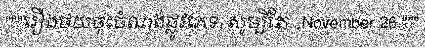
"""រឿងថយចុះចំណង់ផ្លូវភេទ, សូម្បីតែ...November 26,"""